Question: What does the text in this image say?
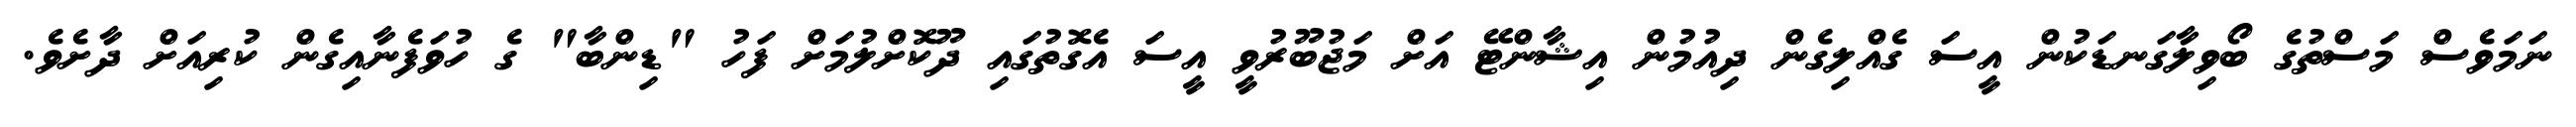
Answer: ނަމަވެސް މަސްތުގެ ބޯވިލާގަނޑަކުން އީސަ ގެއްލިގެން ދިއުމުން އިޝާންޓޭ އަށް މަޖުބޫރުވީ އީސަ އެގޮތުގައި ދޫކޮށްލުމަށް ފަހު "ޑިންބާ" ގެ ހުވަފެނާއިގެން ކުރިއަށް ދާށެވެ.